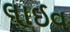
લાઈવ